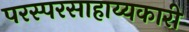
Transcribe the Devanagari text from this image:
परस्परसाहाय्यकारी